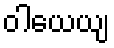
ဝါယေယျ